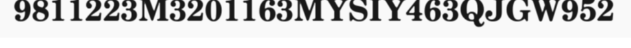
9811223M3201163MYSIY463QJGW952